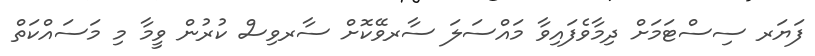
ފަޔަރ ސިސްޓަމަށް ދިމާވެފައިވާ މައްސަލަ ސާރވޭކޮށް ސާރވިސް ކުރުން ވީމާ މި މަސައްކަތް